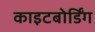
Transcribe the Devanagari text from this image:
काइटबोर्डिंग